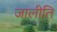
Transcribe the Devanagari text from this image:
जालीति